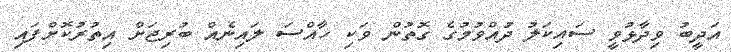
އަދީބު ވިދާޅުވީ ސައިކަލު ދުއްވުމުގެ ގޮތުން ވަކި ހާއްސަ ލައިނެއް ބުރިޖަށް އިތުރުކޮށްފައި